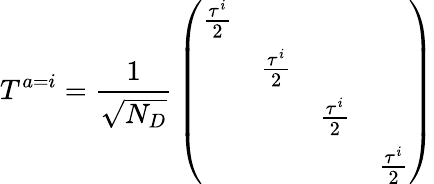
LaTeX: T^{a=i}={\frac{1}{\sqrt{N_{D}}}}\left(\begin{array}{cccc}{{{\frac{\tau^{i}}{2}}}}&{{}}&{{}}&{{}}\\ {{}}&{{{\frac{\tau^{i}}{2}}}}&{{}}&{{}}\\ {{}}&{{}}&{{{\frac{\tau^{i}}{2}}}}&{{}}\\ {{}}&{{}}&{{}}&{{{\frac{\tau^{i}}{2}}}}\end{array}\right)